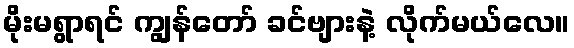
မိုးမရွာရင် ကျွန်တော် ခင်ဗျားနဲ့ လိုက်မယ်လေ။